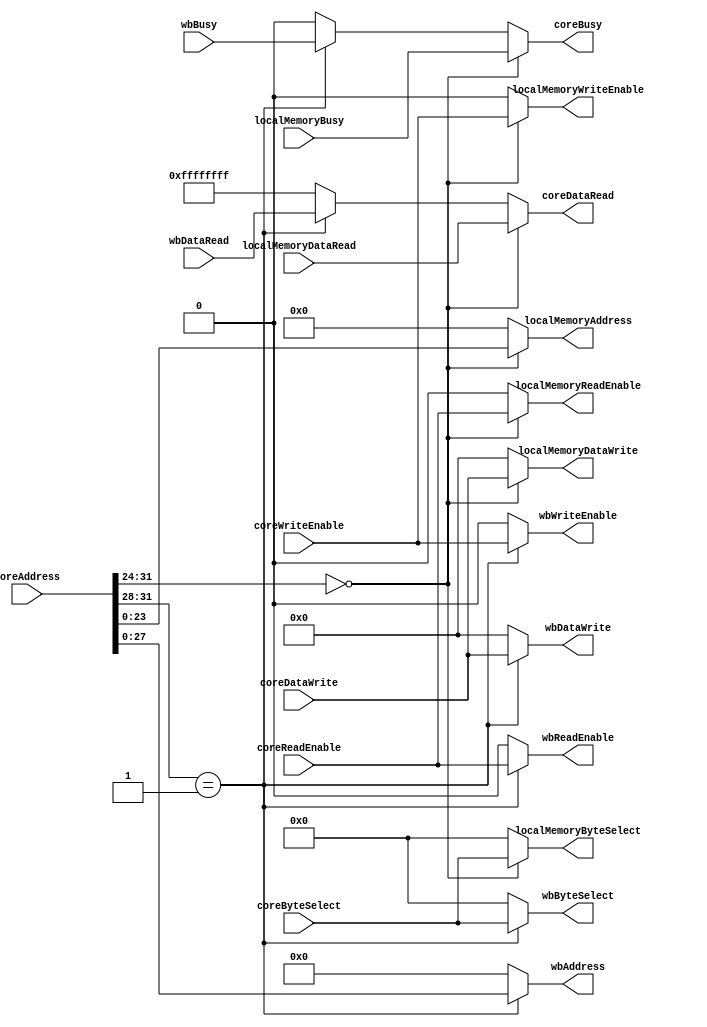
module MemoryController (
		// Core interface
		input wire[31:0] coreAddress,
		input wire[3:0] coreByteSelect,
		input wire coreWriteEnable,
		input wire coreReadEnable,
		input wire[31:0] coreDataWrite,
		output wire[31:0] coreDataRead,
		output wire coreBusy,
		
		// Local memory interface
		output wire[23:0] localMemoryAddress,
		output wire[3:0] localMemoryByteSelect,
		output wire localMemoryWriteEnable,
		output wire localMemoryReadEnable,
		output wire[31:0] localMemoryDataWrite,
		input wire[31:0] localMemoryDataRead,
		input wire localMemoryBusy,

		// WB interface
		output wire[27:0] wbAddress,
		output wire[3:0] wbByteSelect,
		output wire wbWriteEnable,
		output wire wbReadEnable,
		output wire[31:0] wbDataWrite,
		input wire[31:0] wbDataRead,
		input wire wbBusy
	);
	
	localparam LOCAL_MEMORY_ADDRESS = 4'b0000;
	localparam WB_ADDRESS 		    = 4'b0001;

	wire enableLocalMemory = coreAddress[31:24] == { LOCAL_MEMORY_ADDRESS, 4'b0000 };
	wire enableWB 		   = coreAddress[31:28] == WB_ADDRESS;

	assign localMemoryAddress 	  = enableLocalMemory ? coreAddress[23:0] : 26'b0;
	assign localMemoryByteSelect  = enableLocalMemory ? coreByteSelect 	  : 4'b0;
	assign localMemoryWriteEnable = enableLocalMemory ? coreWriteEnable   : 1'b0;
	assign localMemoryReadEnable  = enableLocalMemory ? coreReadEnable    : 1'b0;
	assign localMemoryDataWrite   = enableLocalMemory ? coreDataWrite 	  : 32'b0;

	assign wbAddress 	 = enableWB ? coreAddress[27:0] : 26'b0;
	assign wbByteSelect  = enableWB ? coreByteSelect 	: 4'b0;
	assign wbWriteEnable = enableWB ? coreWriteEnable   : 1'b0;
	assign wbReadEnable  = enableWB ? coreReadEnable    : 1'b0;
	assign wbDataWrite 	 = enableWB ? coreDataWrite	    : 32'b0;

	assign coreDataRead = enableLocalMemory ? localMemoryDataRead :
						  enableWB 	 		? wbDataRead 		  : 
						  			   		  ~32'b0;

	assign coreBusy = enableLocalMemory ? localMemoryBusy :
					  enableWB		    ? wbBusy 		  : 
							   			  1'b0;

endmodule